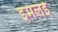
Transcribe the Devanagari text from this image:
इमलई